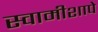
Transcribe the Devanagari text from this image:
स्वामीशापे